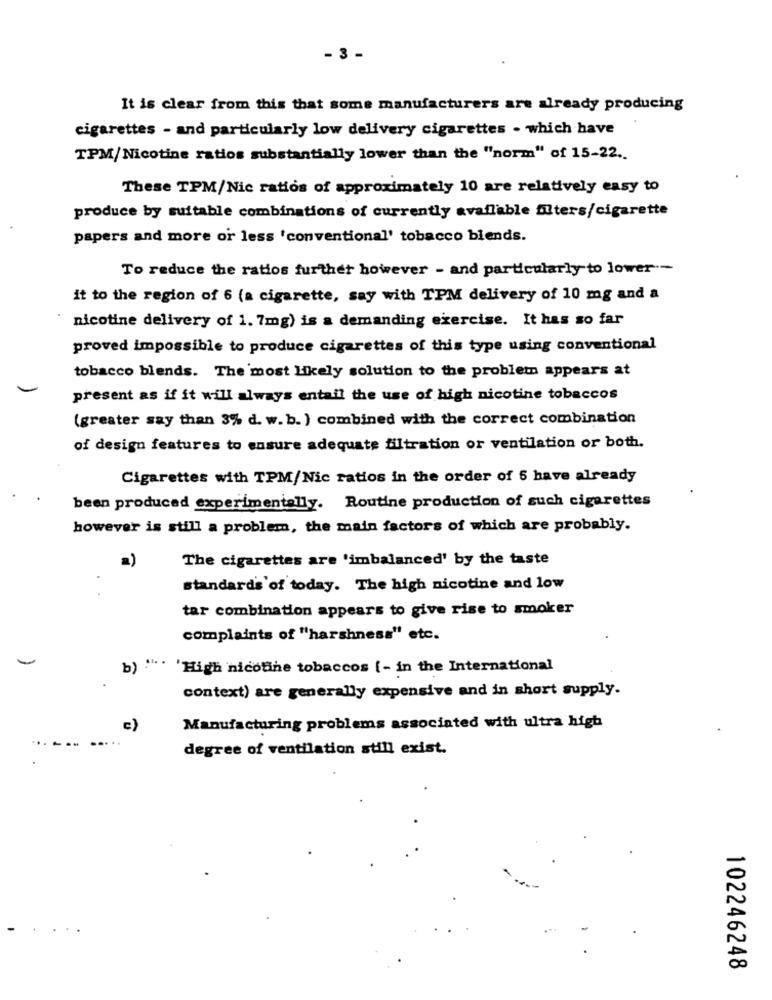
- 3 -
It is clear from this that some manufacturers are already producing
cigarettes - and particularly low delivery cigarettes - which have
TPM/Nicotine ratios substantially lower than the "norm" of 15-22 ..
These TPM/Nic ratios of approximately 10 are relatively easy to
produce by suitable combinations of currently available filters/cigarette
papers and more or less 'conventional' tobacco biends.
To reduce the ratios further however - and particularly to lower .-
it to the region of 6 (a cigarette, say with TPM delivery of 10 mg and a
nicotine delivery of 1. 7mg) is a demanding exercise. It has so far
proved impossible to produce cigarettes of this type using conventional
tobacco blends. The most Likely solution to the problem appears at
present as if it will always entail the use of high nicotine tobaccos
(greater say than 3% d. w. b. ) combined with the correct combination
of design features to ensure adequate filtration or ventilation or both.
Cigarettes with TPM/Nic ratios in the order of 6 have already
been produced experimentally. Routine production of such cigarettes
however is still a problem, the main factors of which are probably.
a)
The cigarettes are 'imbalanced' by the taste
standards of today. The high nicotine and low
tar combination appears to give rise to smoker
complaints of "harshness" etc.
... .
b)
'High nicotine tobaccos (- in the International
context) are generally expensive and in short supply.
c)
Manufacturing problems associated with ultra high
degree of ventilation still exist.
..
102246248